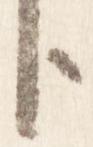
臣